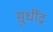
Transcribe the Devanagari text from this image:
सुधींद्र